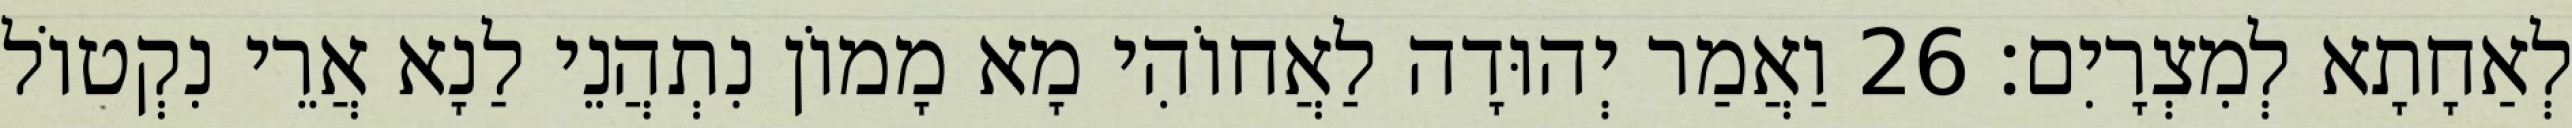
לְאַחָתָא לְמִצְרָיִם׃ 26 וַאֲמַר יְהוּדָה לַאֲחוֹהִי מָא מָמוֹן נִתְהֲנֵי לַנָא אֲרֵי נִקְטוֹל